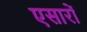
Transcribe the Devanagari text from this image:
एसारों